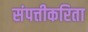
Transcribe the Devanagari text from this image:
संपत्तीकरिता